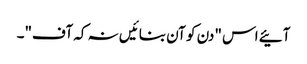
آئیے اس "دن کو آن بنائیں نہ کہ آف"۔